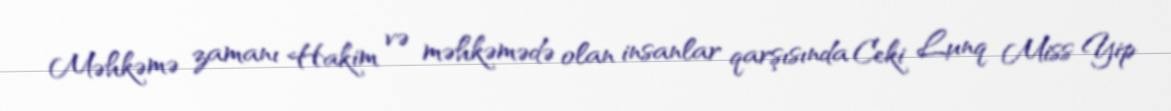
Məhkəmə zamanı Hakim və məhkəmədə olan insanlar qarşısında Ceki Lunq Miss Yip